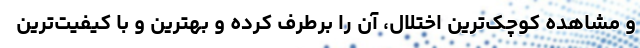
و مشاهده کوچک‌ترین اختلال، آن را برطرف کرده و بهترین و با کیفیت‌ترین